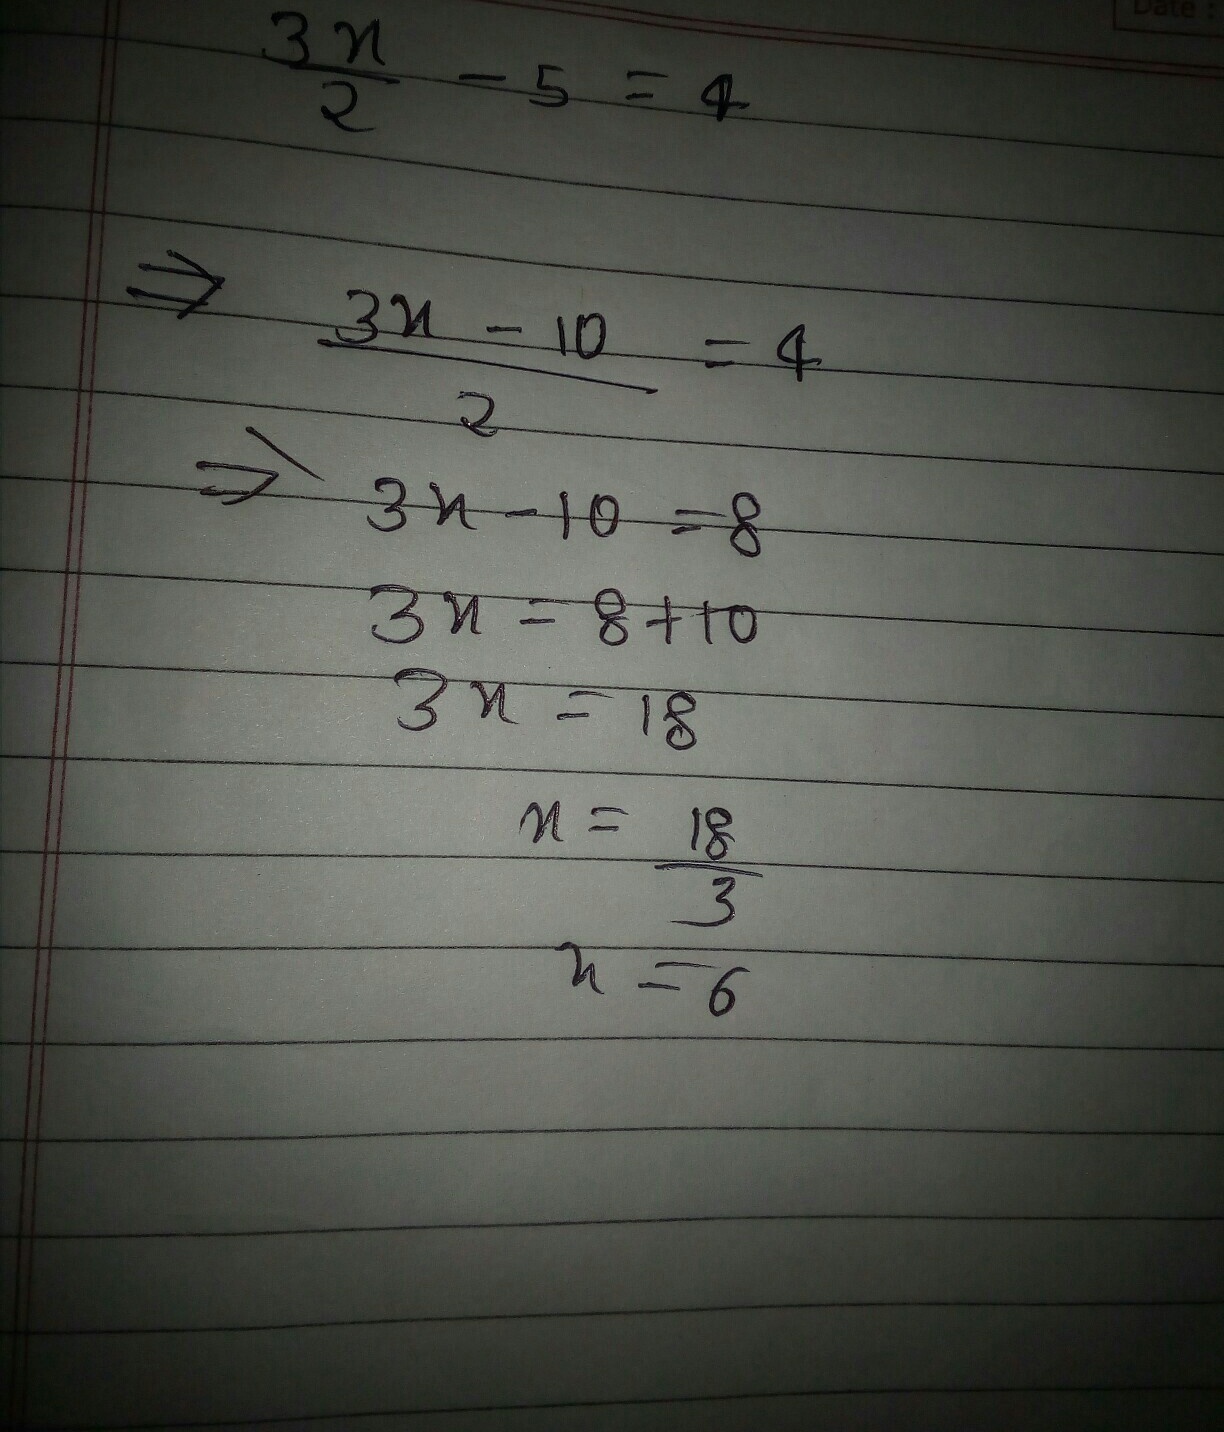
\[\begin{align*}
\frac{3x}{2}-5&=4\\
\Rightarrow\frac{3x - 10}{2}&=4\\
\Rightarrow3x - 10&=8\\
3x&=8 + 10\\
3x&=18\\
x&=\frac{18}{3}\\
x&=6
\end{align*}\]